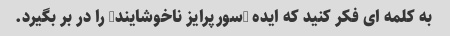
به کلمه ای فکر کنید که ایده "سورپرایز ناخوشایند" را در بر بگیرد.